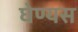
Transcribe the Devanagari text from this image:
घेण्यस